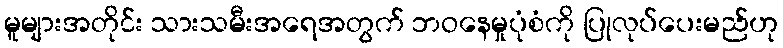
မူများအတိုင်း သားသမီးအရေအတွက် ဘဝနေမှုပုံစံကို ပြုလုပ်ပေးမည်ဟု